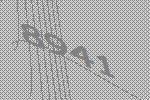
8941